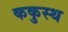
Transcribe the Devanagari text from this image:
ककुस्थ